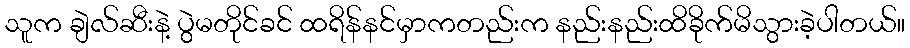
သူက ချဲလ်ဆီးနဲ့ ပွဲမတိုင်ခင် ထရိန်နင်မှာကတည်းက နည်းနည်းထိခိုက်မိသွားခဲ့ပါတယ်။